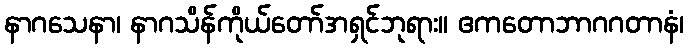
နာဂသေနာ၊ နာဂသိန်ကိုယ်တော်အရှင်ဘုရား။ ဧကတောဘာဂဂတာနံ၊